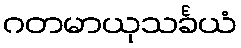
ဂတမာယုသင်္ခယံ